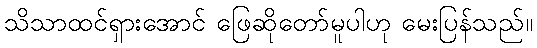
သိသာထင်ရှားအောင် ဖြေဆိုတော်မူပါဟု မေးပြန်သည်။